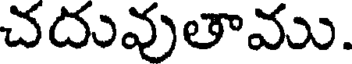
చదువుతాము.